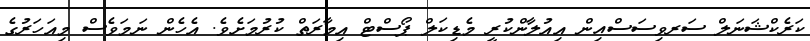
ކަރެކްޝަނަލް ސަރވިސަސްއިން އިއުލާންކުރީ މެޑިކަލް ޕޯސްޓް އިމާރަތް ކުރުމަށެވެ. އެހެން ނަމަވެސް މިއަހަރުގެ